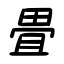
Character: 畳